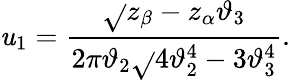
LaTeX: \mathit{u}_{1}={\frac{{\sqrt{}{{z_{\beta}-z_{\alpha}}}\vartheta_{3}}}{{2\pi\vartheta_{2}\sqrt{}{{4\vartheta_{2}^{4}-3\vartheta_{3}^{4}}}}}}.